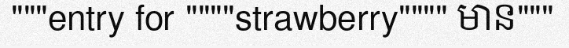
"""entry for """"strawberry"""" មាន"""